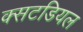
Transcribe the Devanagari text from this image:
क्सटडियल